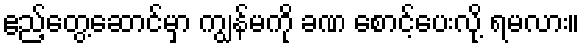
ဧည့်တွေ့ဆောင်မှာ ကျွန်မကို ခဏ စောင့်ပေးလို့ ရမလား။